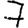
Digit: 7